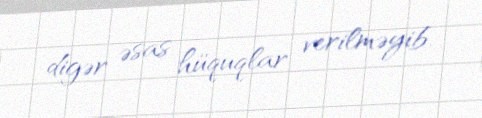
digər əsas hüquqlar verilməyib.